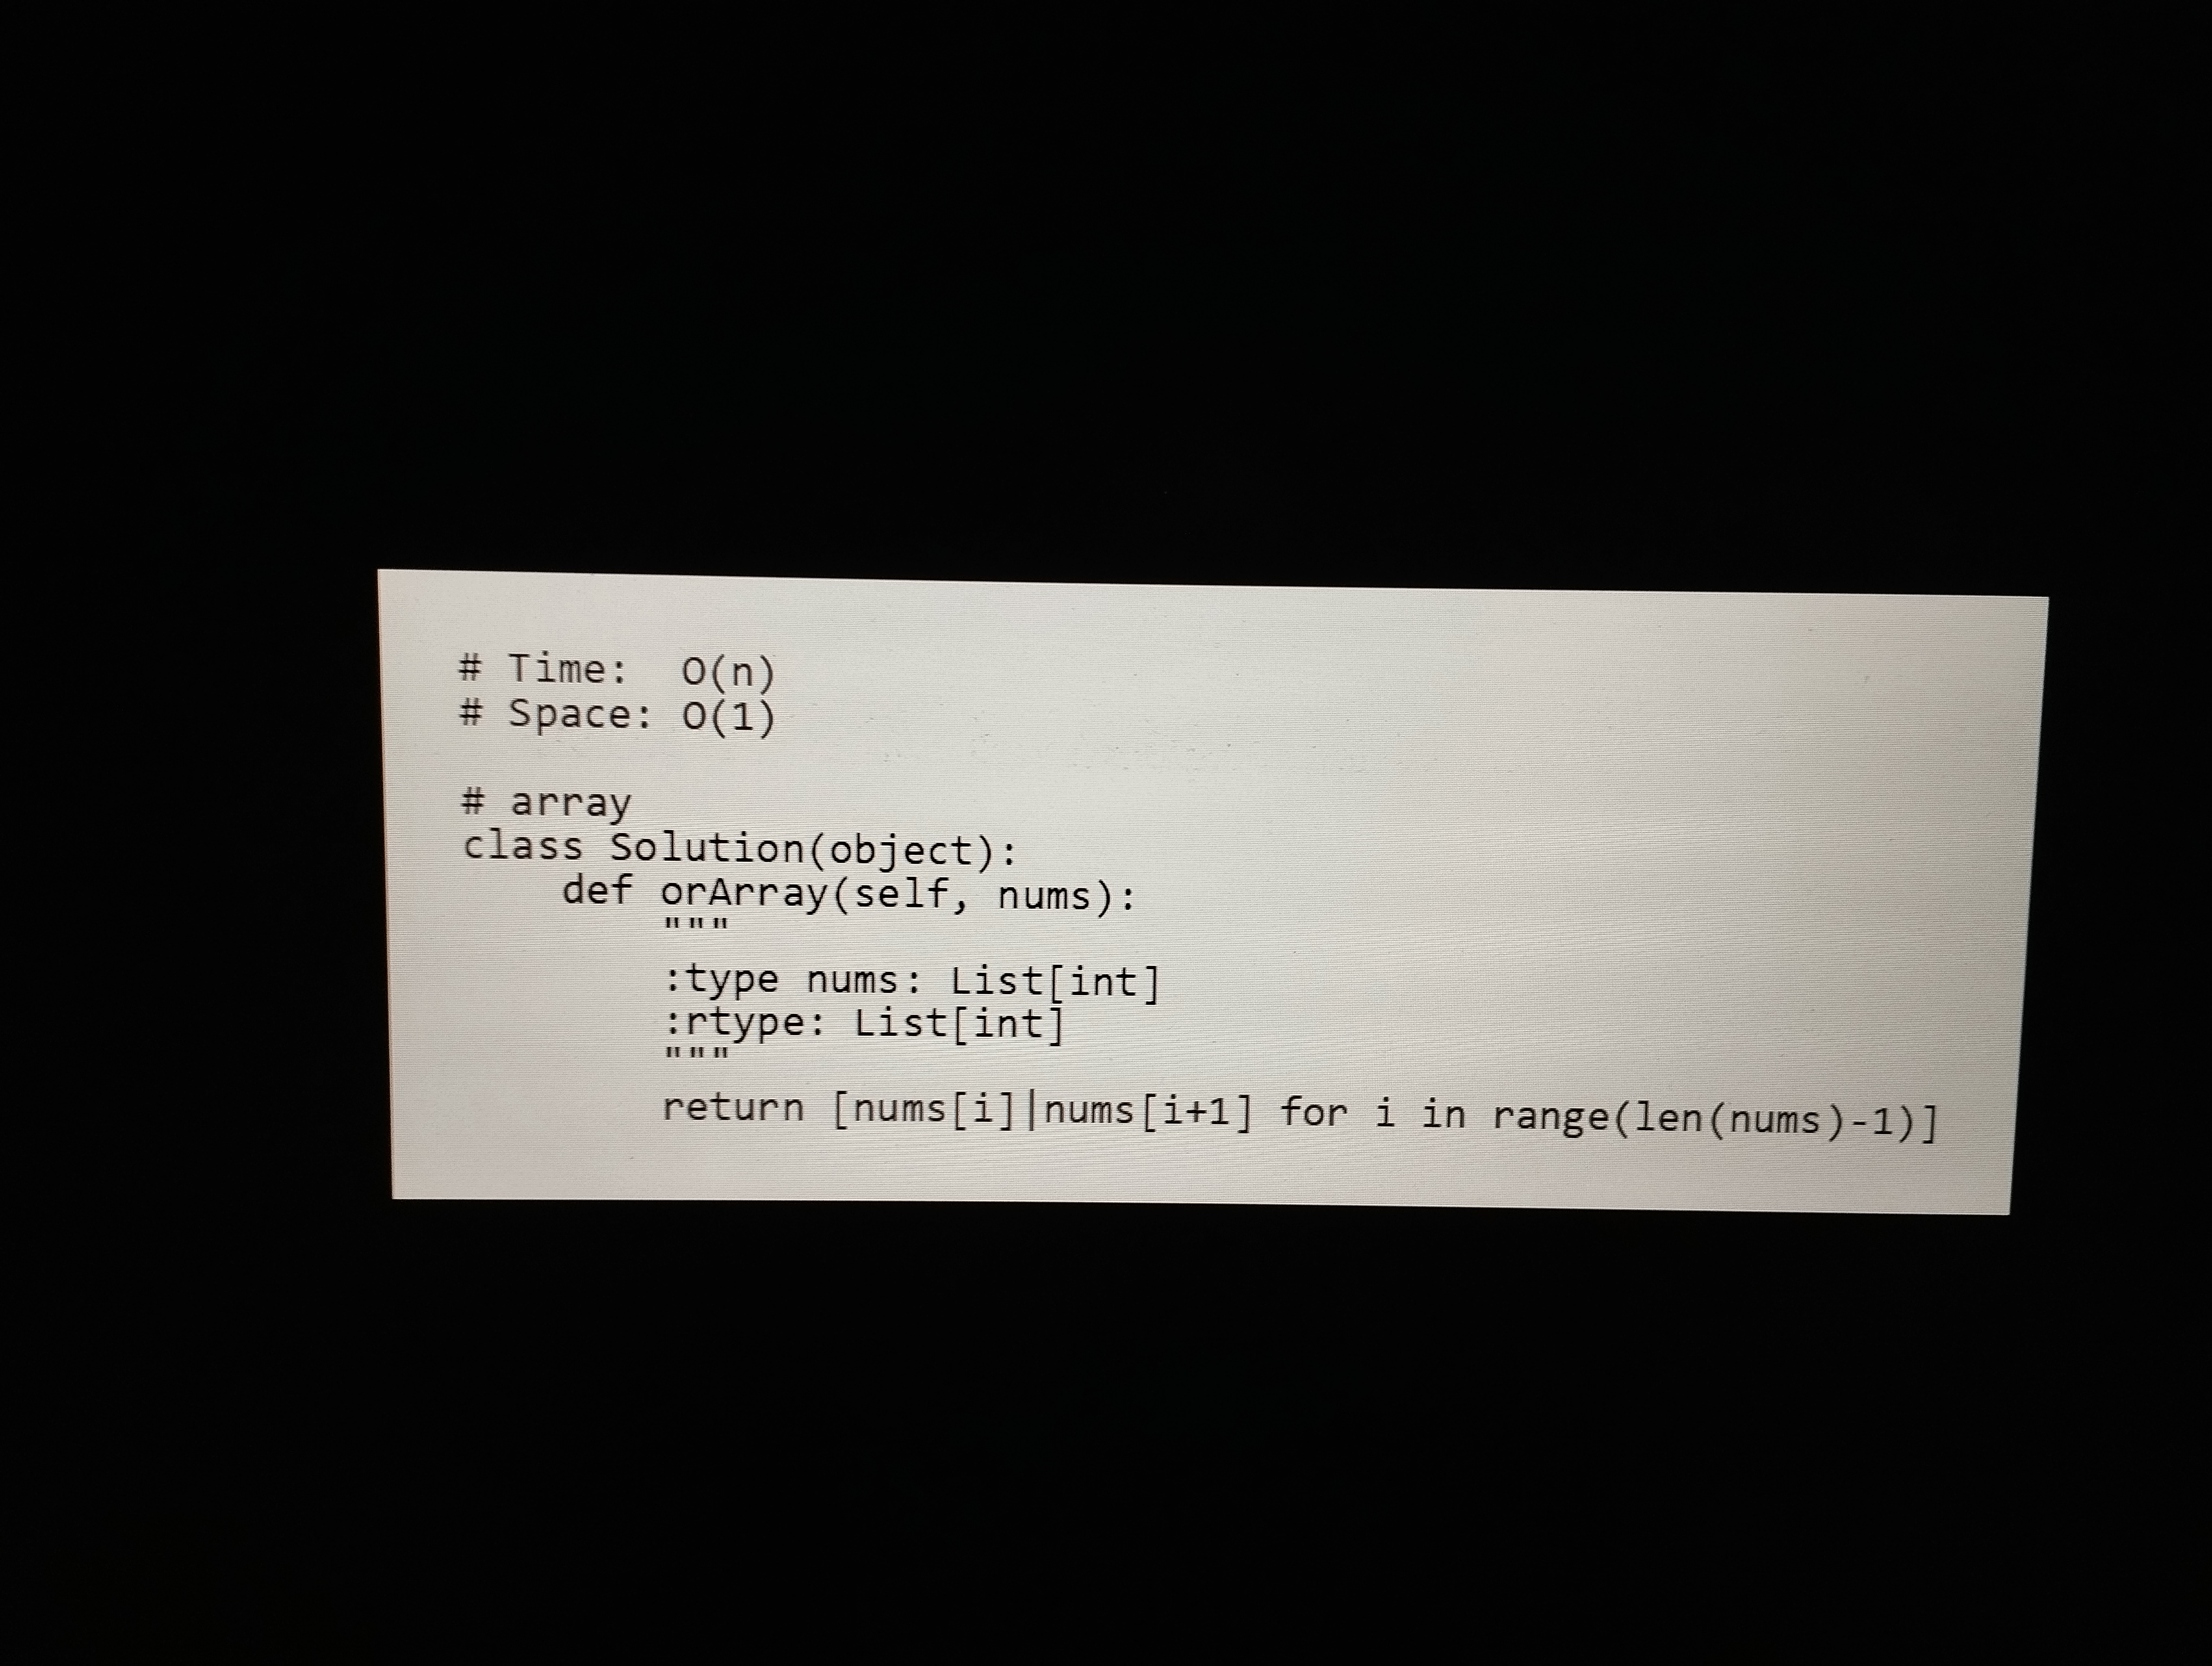
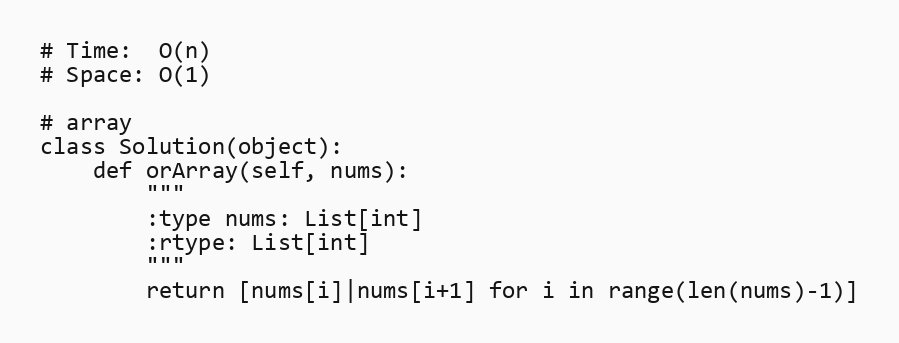
# Time:  O(n)
# Space: O(1)

# array
class Solution(object):
    def orArray(self, nums):
        """
        :type nums: List[int]
        :rtype: List[int]
        """
        return [nums[i]|nums[i+1] for i in range(len(nums)-1)]